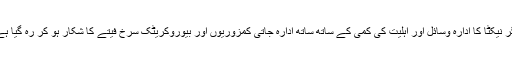
مگر نیکٹا کا ادارہ وسائل اور اہلیت کی کمی کے ساتھ ساتھ ادارہ جاتی کمزوریوں اور بیوروکریٹک سرخ فیتے کا شکار ہو کر رہ گیا ہے ۔